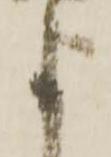
よ